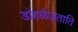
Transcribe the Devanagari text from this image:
डोहळैजताति